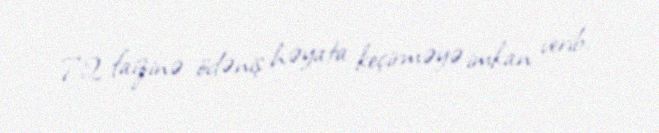
72 faizinə ödəniş həyata keçirməyə imkan verib.